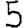
Digit: 5